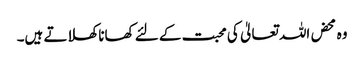
و ہ محض اللہ تعالیٰ کی محبت کے لئے کھانا کھلاتے ہیں۔